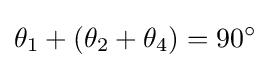
\theta _{1}+(\theta _{2}+\theta _{4})=90^{\circ }